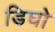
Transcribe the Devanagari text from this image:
डिघो